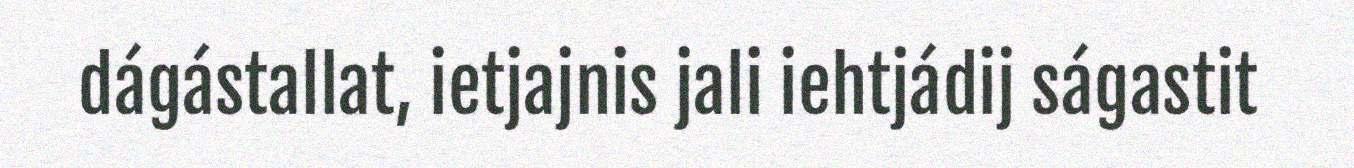
dágástallat, ietjajnis jali iehtjádij ságastit